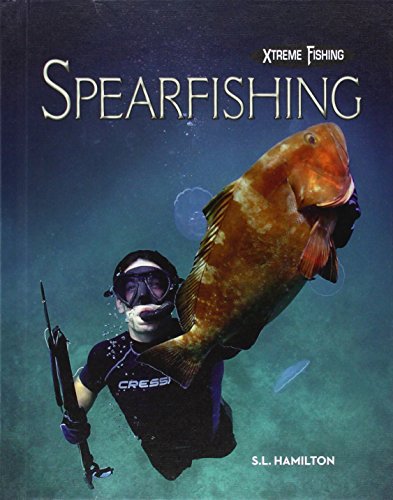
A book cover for Spearfishing (Xtreme Fishing); S. L. Hamilton; Children's Books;